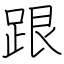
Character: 跟